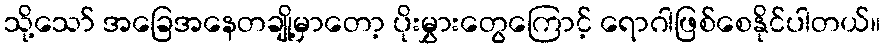
သို့သော် အခြေအနေတချို့မှာတော့ ပိုးမွှားတွေကြောင့် ရောဂါဖြစ်စေနိုင်ပါတယ်။